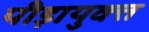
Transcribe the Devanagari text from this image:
पीड़ायुक्‍त